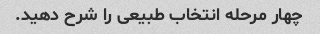
چهار مرحله انتخاب طبیعی را شرح دهید.